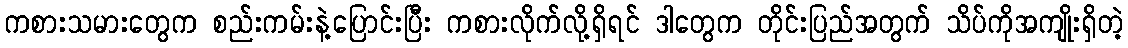
ကစားသမားတွေက စည်းကမ်းနဲ့ပြောင်းပြီး ကစားလိုက်လို့ရှိရင် ဒါတွေက တိုင်းပြည်အတွက် သိပ်ကိုအကျိုးရှိတဲ့